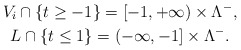
\begin{gather*}V_i \cap \{ t \ge -1\} = [-1,+\infty) \times \Lambda^-,\\L \cap \{ t \le 1 \} = (-\infty,-1] \times \Lambda^-.\end{gather*}